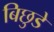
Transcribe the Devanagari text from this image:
बिछुडे